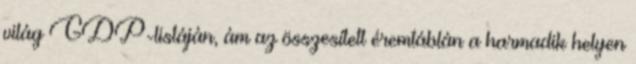
világ GDP-listáján, ám az összesített éremtáblán a harmadik helyen